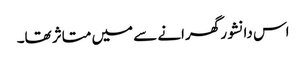
اس دانشور گھرانے سے میں متاثر تھا۔